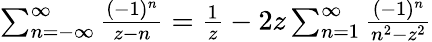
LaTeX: \begin{array}{r}{\sum_{n=-\infty}^{\infty}{\frac{(-1)^{n}}{z-n}}={\frac{1}{z}}-2z\sum_{n=1}^{\infty}{\frac{(-1)^{n}}{n^{2}-z^{2}}}}\end{array}